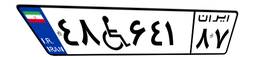
۴۸W۶۴۱۸۷